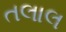
તલાલ